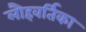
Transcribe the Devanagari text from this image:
लौहवर्तिका